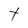
Character: t